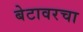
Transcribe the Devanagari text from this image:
बेटावरचा